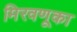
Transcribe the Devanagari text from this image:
मिरवणूका